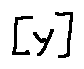
[ y ]